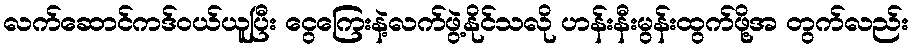
လက်ဆောင်ကဒ်ဝယ်ယူပြီး ငွေကြေးနဲ့လက်ဖွဲ့နိုင်သလို ဟန်းနီးမွန်းထွက်ဖို့အ တွက်လည်း